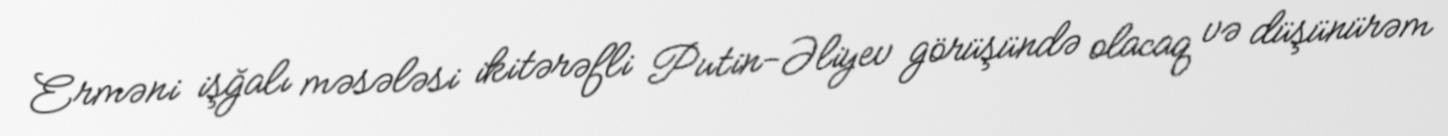
Erməni işğalı məsələsi ikitərəfli Putin-Əliyev görüşündə olacaq və düşünürəm